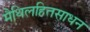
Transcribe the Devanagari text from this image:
मैथिलहितसाधन